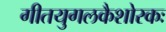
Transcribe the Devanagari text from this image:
गीतयुगलकैशोरकः